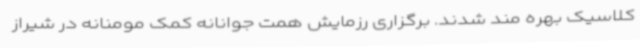
کلاسیک بهره مند شدند. برگزاری رزمایش همت جوانانه کمک مومنانه در شیراز